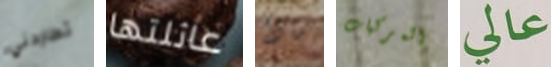
تطاردني عائلتها ماذا المركبات عالي